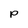
Character: p